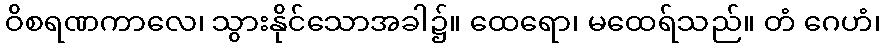
ဝိစရဏကာလေ၊ သွားနိုင်သောအခါ၌။ ထေရော၊ မထေရ်သည်။ တံ ဂေဟံ၊